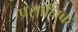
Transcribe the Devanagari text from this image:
प्रसानिक